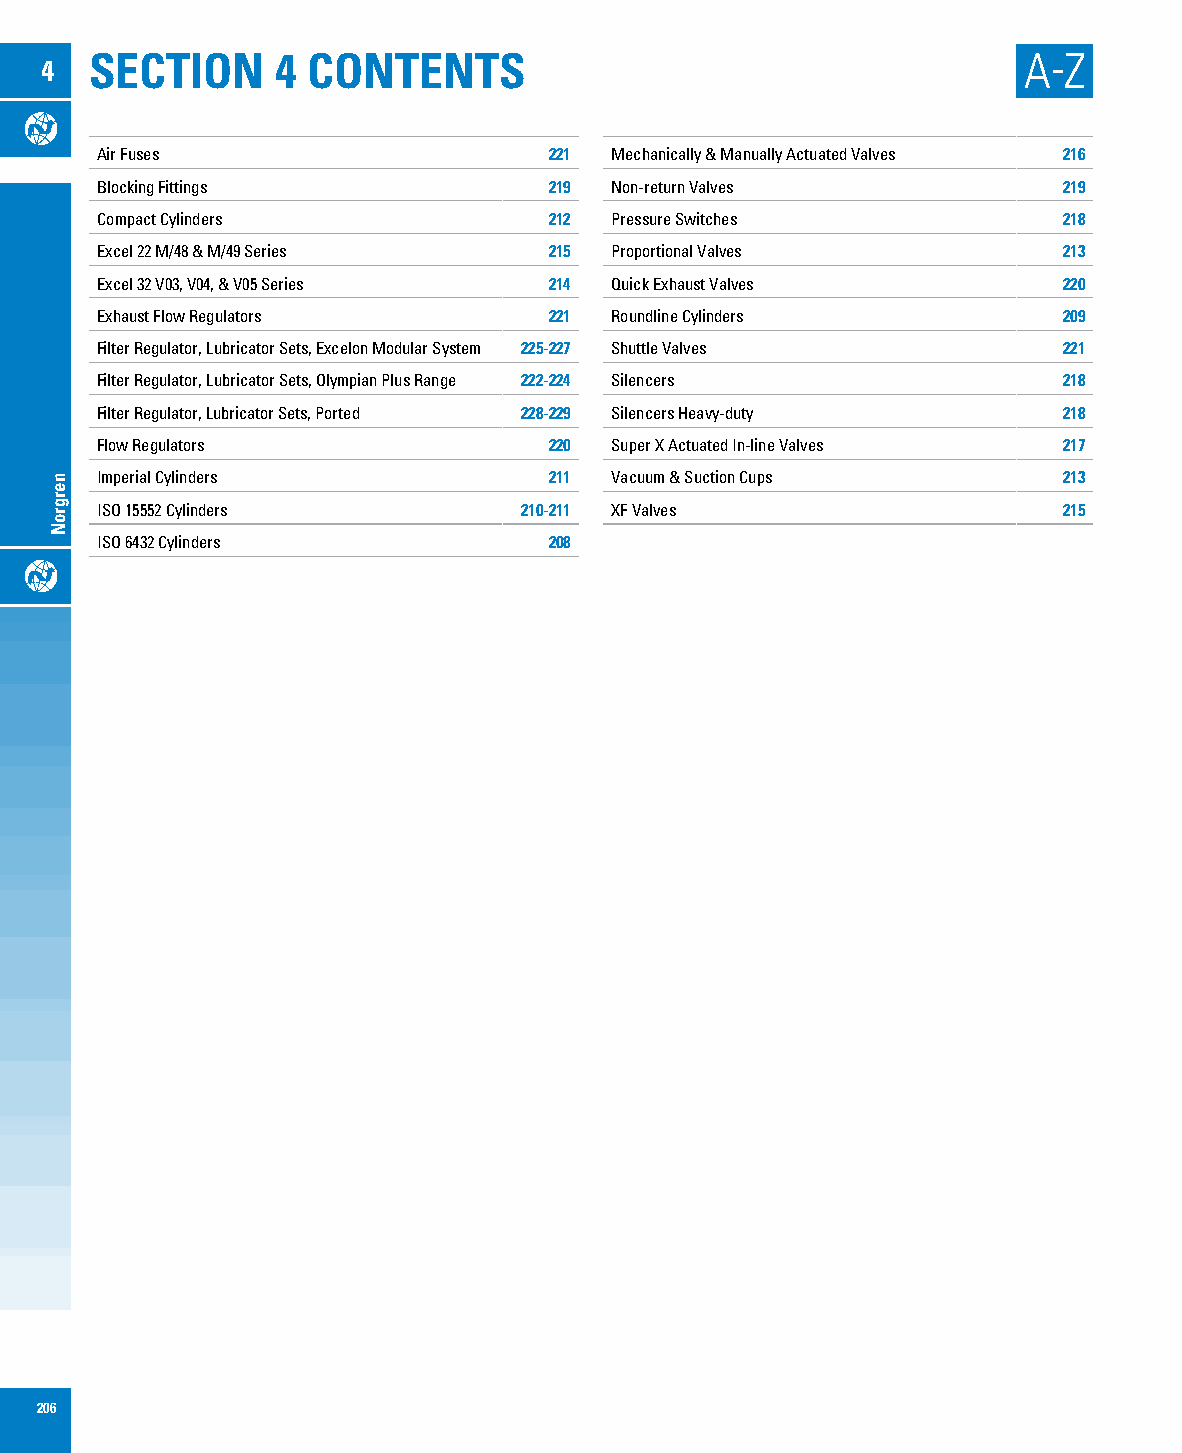
SECTION     4 CONTENTS                                        A-Z
 4
 Air Fuses                     221 Mechanically & Manually Actuated Valves 216
 Blocking Fittings             219 Non-return Valves             219
 Compact Cylinders             212 Pressure Switches             218
 Excel 22 M/48 & M/49 Series   215 Proportional Valves           213
 Excel 32 V03, V04, & V05 Series 214 Quick Exhaust Valves        220
 Exhaust Flow Regulators       221 Roundline Cylinders           209
 Filter Regulator, Lubricator Sets, Excelon Modular System 225-227 Shuttle Valves 221
 Filter Regulator, Lubricator Sets, Olympian Plus Range 222-224 Silencers 218
 Filter Regulator, Lubricator Sets, Ported 228-229 Silencers Heavy-duty 218
 Flow Regulators               220 Super X Actuated In-line Valves 217
 Imperial Cylinders            211 Vacuum & Suction Cups         213
 ISO 15552 Cylinders         210-211 XF Valves                   215
 ISO 6432 Cylinders            208
 206
 nergroN